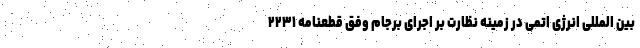
بین المللی انرژی اتمی در زمینه نظارت بر اجرای برجام وفق قطعنامه ۲۲۳۱